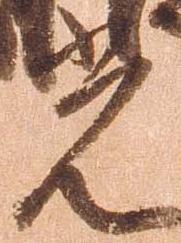
光